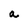
Character: a